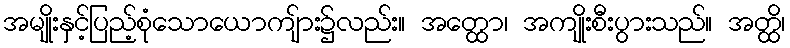
အမျိုးနှင့်ပြည့်စုံသောယောကျ်ား၌လည်း။ အတ္ထော၊ အကျိုးစီးပွားသည်။ အတ္ထိ၊